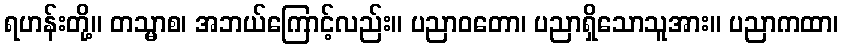
ရဟန်းတို့။ တသ္မာစ၊ အဘယ်ကြောင့်လည်း။ ပညာဝတော၊ ပညာရှိသောသူအား။ ပညာကထာ၊